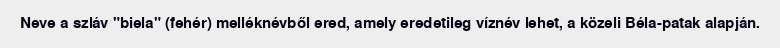
Neve a szláv "biela" (fehér) melléknévből ered, amely eredetileg víznév lehet, a közeli Béla-patak alapján.